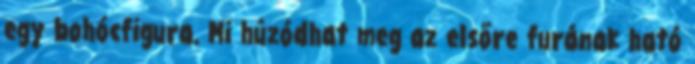
egy bohócfigura. Mi húzódhat meg az elsőre furának ható